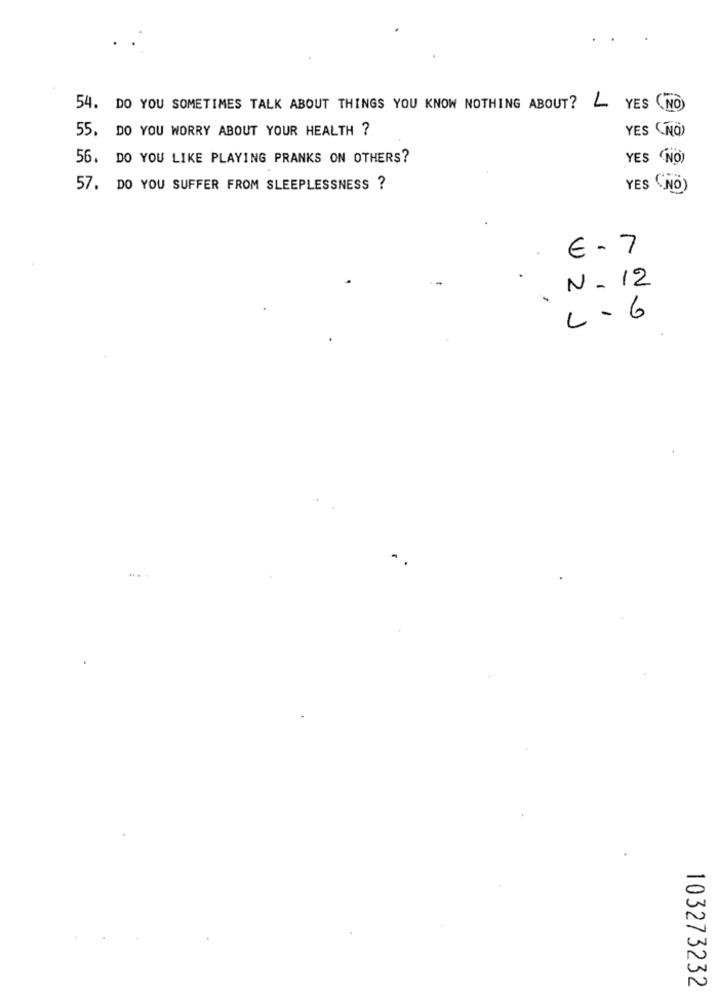
54. DO YOU SOMETIMES TALK ABOUT THINGS YOU KNOW NOTHING ABOUT?
YES NO
55. DO YOU WORRY ABOUT YOUR HEALTH ?
YES (NO)
56. DO YOU LIKE PLAYING PRANKS ON OTHERS?
YES (NO)
57. DO YOU SUFFER FROM SLEEPLESSNESS ?
YES NO)
€ - 7
N-12
.
L-6
...
103273232